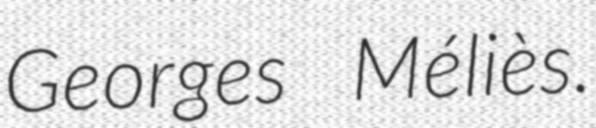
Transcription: Georges Méliès.